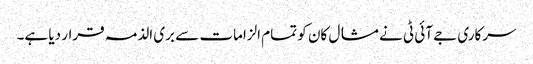
سرکاری جے آئی ٹی نے مشال کان کو تمام الزامات سے بری الذمہ قرار دیا ہے۔